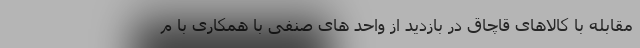
مقابله با کالاهای قاچاق در بازدید از واحد های صنفی با همکاری با م